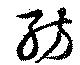
紡